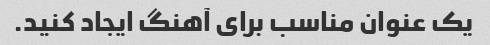
یک عنوان مناسب برای آهنگ ایجاد کنید.